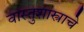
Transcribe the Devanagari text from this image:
वास्तुशास्त्राचे